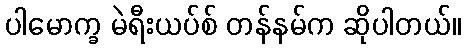
ပါမောက္ခ မဲရီးယပ်စ် တန်နမ်က ဆိုပါတယ်။